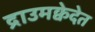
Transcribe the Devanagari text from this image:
द्राउमक्वेदेत